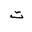
Letter: _ta